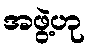
အဖွဲ့ဟု